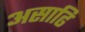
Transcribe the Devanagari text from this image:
असाढि